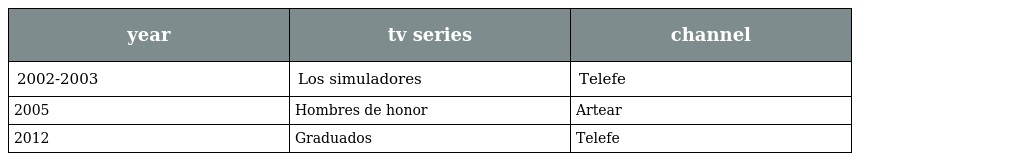
| year | tv series | channel |
 | --- | --- | --- |
 | 2002-2003 | Los simuladores | Telefe |
 | 2005 | Hombres de honor | Artear |
 | 2012 | Graduados | Telefe |